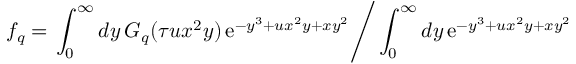
f _ { q } = \left. \int _ { 0 } ^ { \infty } d y \, G _ { q } ( \tau u x ^ { 2 } y ) \, \mathrm { e } ^ { - y ^ { 3 } + u x ^ { 2 } y + x y ^ { 2 } } \right/ \int _ { 0 } ^ { \infty } d y \, \mathrm { e } ^ { - y ^ { 3 } + u x ^ { 2 } y + x y ^ { 2 } }